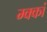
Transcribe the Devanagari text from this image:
म्क्कां